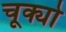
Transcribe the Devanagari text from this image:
चूक्यो